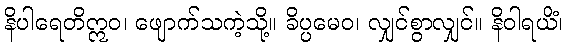
နိပါရေတိဣဝ၊ ဖျောက်သကဲ့သို့။ ခိပ္ပမေဝ၊ လျှင်စွာလျှင်။ နိဝါရယိံ၊